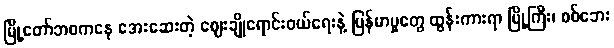
မြို့တော်ဘဝကနေ အေးဆေးတဲ့ ဈေးချိုရောင်းဝယ်ရေးနဲ့ မြန်မာမှုတွေ ထွန်းကားရာ မြို့ကြီး၊ စစ်ဘေး